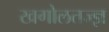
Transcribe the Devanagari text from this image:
खगोलतज्ज्ञ